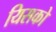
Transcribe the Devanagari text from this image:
यिसको